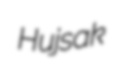
Hujsak